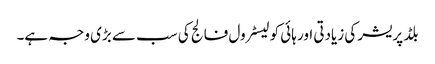
بلڈ پریشر کی زیادتی اور ہائی کولیسٹرول فالج کی سب سے بڑی وجہ ہے۔